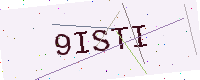
Text: 9ISTI